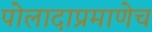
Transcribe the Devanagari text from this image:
पोलादाप्रमाणेच